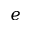
e